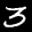
Label: 3